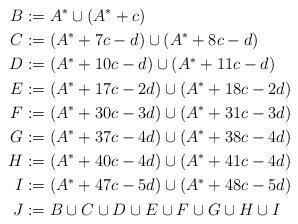
LaTeX: \begin{align*}B&:= A^\ast\cup (A^\ast+c)\\C&:=(A^\ast+7c-d)\cup (A^\ast+8c-d)\\D&:=(A^\ast+10c-d)\cup(A^\ast+11c-d)\\E&:=(A^\ast+17c-2d)\cup(A^\ast+18c-2d)\\F&:=(A^\ast+30c-3d)\cup(A^\ast+31c-3d)\\G&:=(A^\ast+37c-4d)\cup(A^\ast+38c-4d)\\H&:=(A^\ast+40c-4d)\cup(A^\ast+41c-4d)\\I&:=(A^\ast+47c-5d)\cup(A^\ast+48c-5d)\\J&:=B\cup C\cup D\cup E\cup F\cup G\cup H\cup I\end{align*}